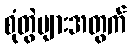
စုံတွဲများအတွက်